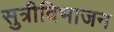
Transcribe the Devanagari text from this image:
सुत्रीविभाजन